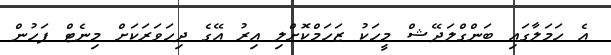
އެ ހަމަލާގައި ބަންގްލަދޭޝް މީހަކު ޒަހަމްކޮށްލި އިރު އޭގެ ދިހަވަރަކަށް މިނެޓް ފަހުން